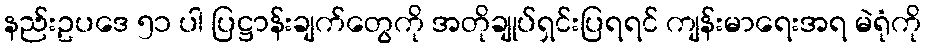
နည်းဥပဒေ ၅၁ ပါ ပြဋ္ဌာန်းချက်တွေကို အတိုချုပ်ရှင်းပြရရင် ကျန်းမာရေးအရ မဲရုံကို